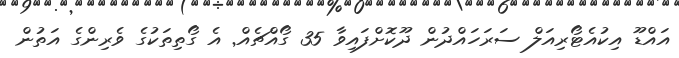
އައްޑޫ އިކުއެޓޯރިއަލް ސަރަހައްދުން ދޫކޮށްފައިވާ 35 ގޯއްޗެއް